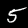
Digit: 5